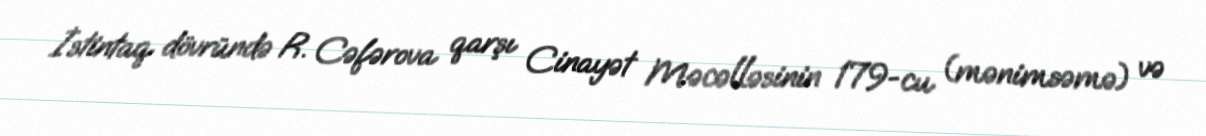
İstintaq dövründə R. Cəfərova qarşı Cinayət Məcəlləsinin 179-cu (mənimsəmə) və